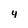
Character: 4